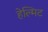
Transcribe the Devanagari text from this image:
हेल्मिट